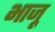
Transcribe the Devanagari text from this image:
भाजू